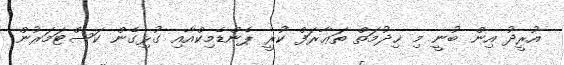
އުރީދު އިން ބުނީ މި ޚިދުމަތް ތަޢާރަފް ކުރީ ޕެންޑެމިކްއާއި ގުޅިގެން ކަސްޓަމަރުން